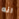
انه